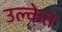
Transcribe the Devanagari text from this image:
उल्केत